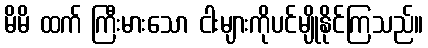
မိမိ ထက် ကြီးမားသော ငါးများကိုပင်မျိုနိုင်ကြသည်။